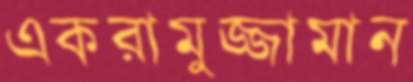
একরামুজ্জামান